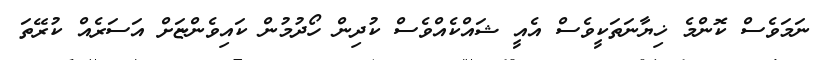
ނަމަވެސް ކޮންމެ ޚިޔާނަތަކީވެސް އެއީ ޝައްކެއްވެސް ކުދިން ހޯދުމުން ކައިވެންޏަށް އަސަރެއް ކުރޭތަ